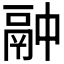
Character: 𫙄